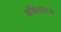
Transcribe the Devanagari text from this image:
इक्विसेटम